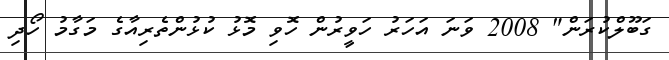
ގަބޫލްކުރަން" 2008 ވަނަ އަހަރު ހަވީރުން ހޮވި މޮޅު ކުޅުންތެރިއާގެ މަގާމު ހޯދި